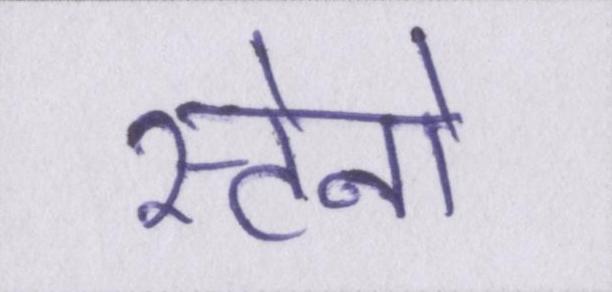
स्टेनो